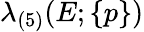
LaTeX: \lambda_{(5)}(E;\{ p\} )